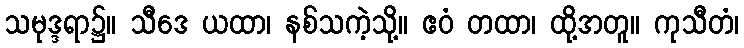
သမုဒ္ဒရာ၌။ သီဒေ ယထာ၊ နစ်သကဲ့သို့။ ဧဝံ တထာ၊ ထို့အတူ။ ကုသီတံ၊